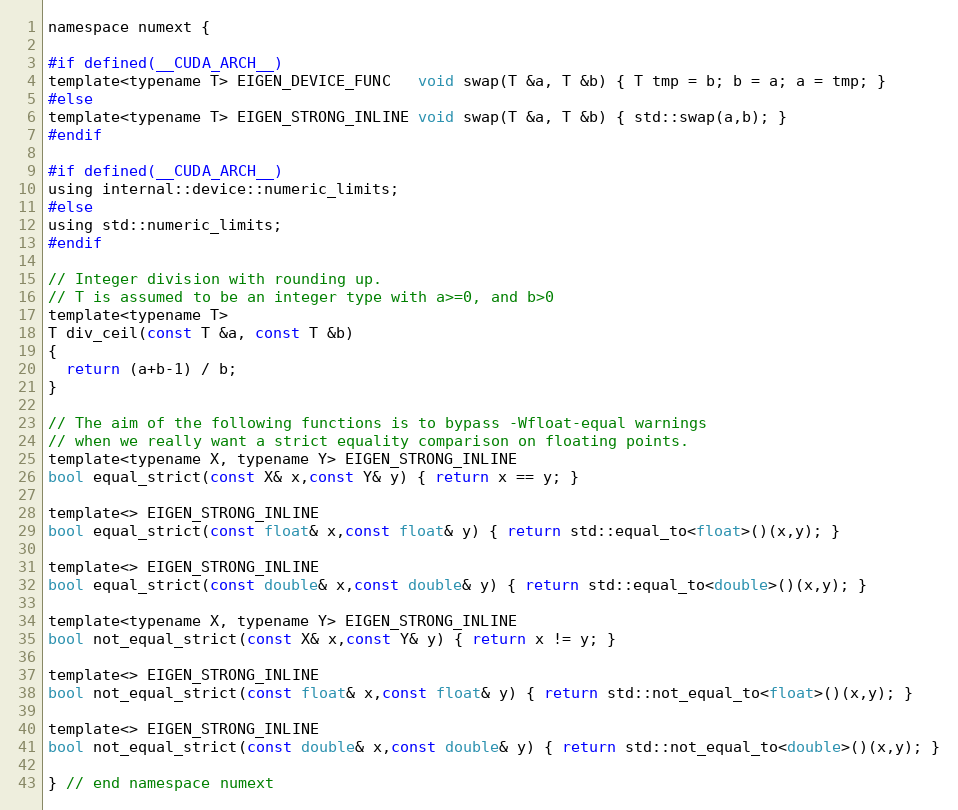
Language: C
namespace numext {

#if defined(__CUDA_ARCH__)
template<typename T> EIGEN_DEVICE_FUNC   void swap(T &a, T &b) { T tmp = b; b = a; a = tmp; }
#else
template<typename T> EIGEN_STRONG_INLINE void swap(T &a, T &b) { std::swap(a,b); }
#endif

#if defined(__CUDA_ARCH__)
using internal::device::numeric_limits;
#else
using std::numeric_limits;
#endif

// Integer division with rounding up.
// T is assumed to be an integer type with a>=0, and b>0
template<typename T>
T div_ceil(const T &a, const T &b)
{
  return (a+b-1) / b;
}

// The aim of the following functions is to bypass -Wfloat-equal warnings
// when we really want a strict equality comparison on floating points.
template<typename X, typename Y> EIGEN_STRONG_INLINE
bool equal_strict(const X& x,const Y& y) { return x == y; }

template<> EIGEN_STRONG_INLINE
bool equal_strict(const float& x,const float& y) { return std::equal_to<float>()(x,y); }

template<> EIGEN_STRONG_INLINE
bool equal_strict(const double& x,const double& y) { return std::equal_to<double>()(x,y); }

template<typename X, typename Y> EIGEN_STRONG_INLINE
bool not_equal_strict(const X& x,const Y& y) { return x != y; }

template<> EIGEN_STRONG_INLINE
bool not_equal_strict(const float& x,const float& y) { return std::not_equal_to<float>()(x,y); }

template<> EIGEN_STRONG_INLINE
bool not_equal_strict(const double& x,const double& y) { return std::not_equal_to<double>()(x,y); }

} // end namespace numext